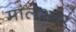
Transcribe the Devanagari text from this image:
मालेश्वर